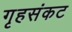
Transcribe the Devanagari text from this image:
गृहसंकट